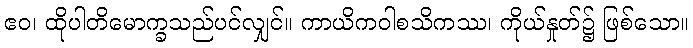
ဧဝ၊ ထိုပါတိမောက္ခသည်ပင်လျှင်။ ကာယိကဝါစသိကဿ၊ ကိုယ်နှုတ်၌ ဖြစ်သော။